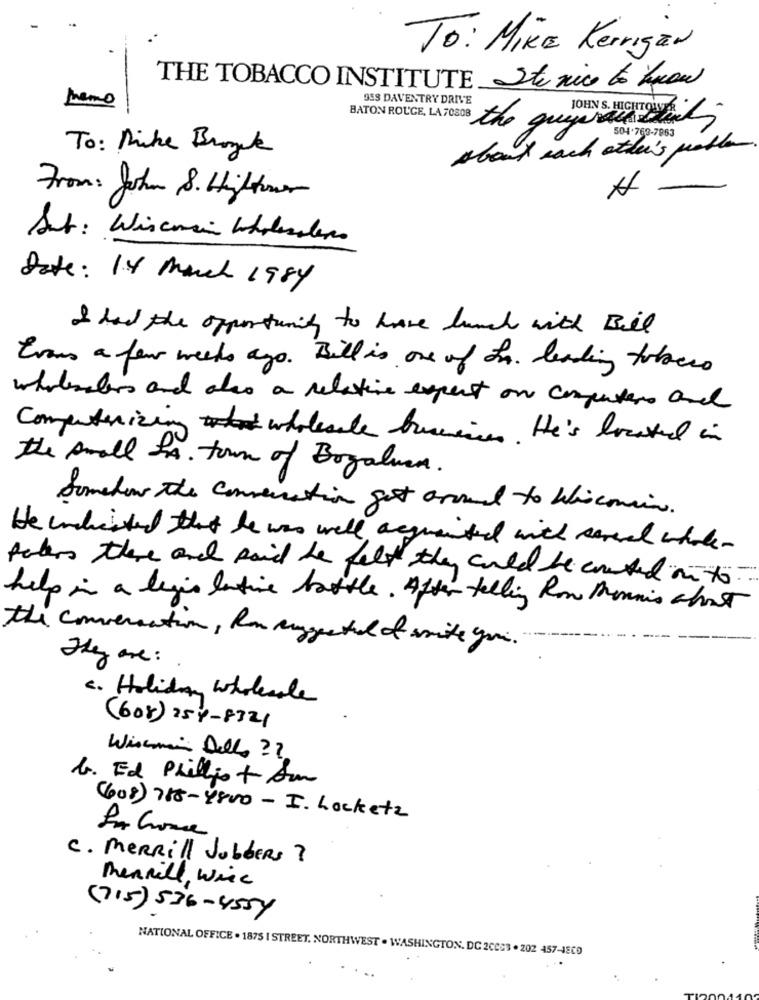
To: MIKE Kerrigan
THE TOBACCO INSTITUTE Stu nice to know
95S DAVENTRY DRIVE
memo
JOHN S. HIGHT
BATON ROUGE, LA 70808 the guypractices
504.763-7963
To: Mike Brownk
about each other's proble
7
From: John 8. Hightower
Set : Wisconsin Wholesalers
Date: 14 March 1984
I had the opportunity to have lunch with Bill
Evans a few weeks ago. Bill is one of In. leading tobeco
wholesalers and also a relative expect on computers and
Computerizing wholesale brunei. He's located in
the small LA. town of Bogalusa.
Somehow the conversation get around to Whicomein.
He indicated that he was well acquainted with several whole-
peters there and said he felt they could be counted into ...
help in a legis latine battle. After telling Row Mannis about
the conversation, fan suggested of smite you.
They are:
c. Holiday wholesale
(608) 254-8321
Wincmin Della ??
b. Ed Phillis + Am
(608) 788-4800 - I. Locketz
C. MERRill JobbERs ?
Merrill, Wiec
(715) 536-4554
NATIONAL OFFICE . 1875 | STREET, NORTHWEST . WASHINGTON, DC 2CES3 . 202 457-JEC0